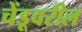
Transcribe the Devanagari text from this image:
चेंडूवरील